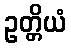
ဥတ္တိယံ